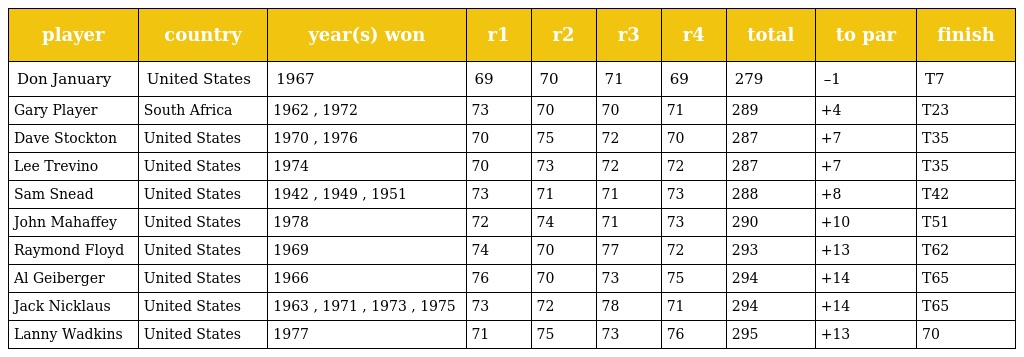
| player | country | year(s) won | r1 | r2 | r3 | r4 | total | to par | finish |
 | --- | --- | --- | --- | --- | --- | --- | --- | --- | --- |
 | Don January | United States | 1967 | 69 | 70 | 71 | 69 | 279 | –1 | T7 |
 | Gary Player | South Africa | 1962 , 1972 | 73 | 70 | 70 | 71 | 289 | +4 | T23 |
 | Dave Stockton | United States | 1970 , 1976 | 70 | 75 | 72 | 70 | 287 | +7 | T35 |
 | Lee Trevino | United States | 1974 | 70 | 73 | 72 | 72 | 287 | +7 | T35 |
 | Sam Snead | United States | 1942 , 1949 , 1951 | 73 | 71 | 71 | 73 | 288 | +8 | T42 |
 | John Mahaffey | United States | 1978 | 72 | 74 | 71 | 73 | 290 | +10 | T51 |
 | Raymond Floyd | United States | 1969 | 74 | 70 | 77 | 72 | 293 | +13 | T62 |
 | Al Geiberger | United States | 1966 | 76 | 70 | 73 | 75 | 294 | +14 | T65 |
 | Jack Nicklaus | United States | 1963 , 1971 , 1973 , 1975 | 73 | 72 | 78 | 71 | 294 | +14 | T65 |
 | Lanny Wadkins | United States | 1977 | 71 | 75 | 73 | 76 | 295 | +13 | 70 |